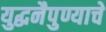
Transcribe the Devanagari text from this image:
युद्धनैपुण्याचे